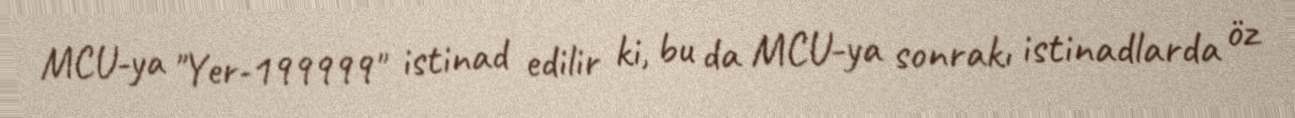
MCU-ya "Yer-199999" istinad edilir ki, bu da MCU-ya sonrakı istinadlarda öz